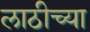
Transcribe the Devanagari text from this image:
लाठीच्या